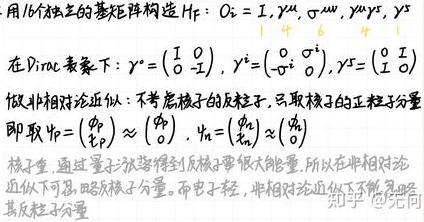
仅以16个独立的基矩阵构造 $H_F$: $O_i = I, \gamma^\mu, \sigma^{\mu\nu}, \gamma^5\gamma^\mu, \gamma^5$

在Dirac表象下: $\gamma^0 = \begin{pmatrix} I & 0 \\ 0 & -I \end{pmatrix}$, $\gamma^i = \begin{pmatrix} 0 & \sigma^i \\ -\sigma^i & 0 \end{pmatrix}$, $\gamma^5 = \begin{pmatrix} 0 & I \\ I & 0 \end{pmatrix}$

做非相对论近似: 不考虑核子的反粒子, 只取核子的正粒子分量

即取 $\psi_p = \begin{pmatrix} \phi_p \\ \chi_p \end{pmatrix} \approx \begin{pmatrix} \phi_p \\ 0 \end{pmatrix}$, $\psi_n = \begin{pmatrix} \phi_n \\ \chi_n \end{pmatrix} \approx \begin{pmatrix} \phi_n \\ 0 \end{pmatrix}$

核子重, 通过量子涨落得到反核子要很大能量, 所以在非相对论近似下可忽略反核子分量. 而电子轻, 非相对论近似下不能忽略其反粒子分量。